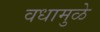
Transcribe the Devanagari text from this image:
वधामुळे